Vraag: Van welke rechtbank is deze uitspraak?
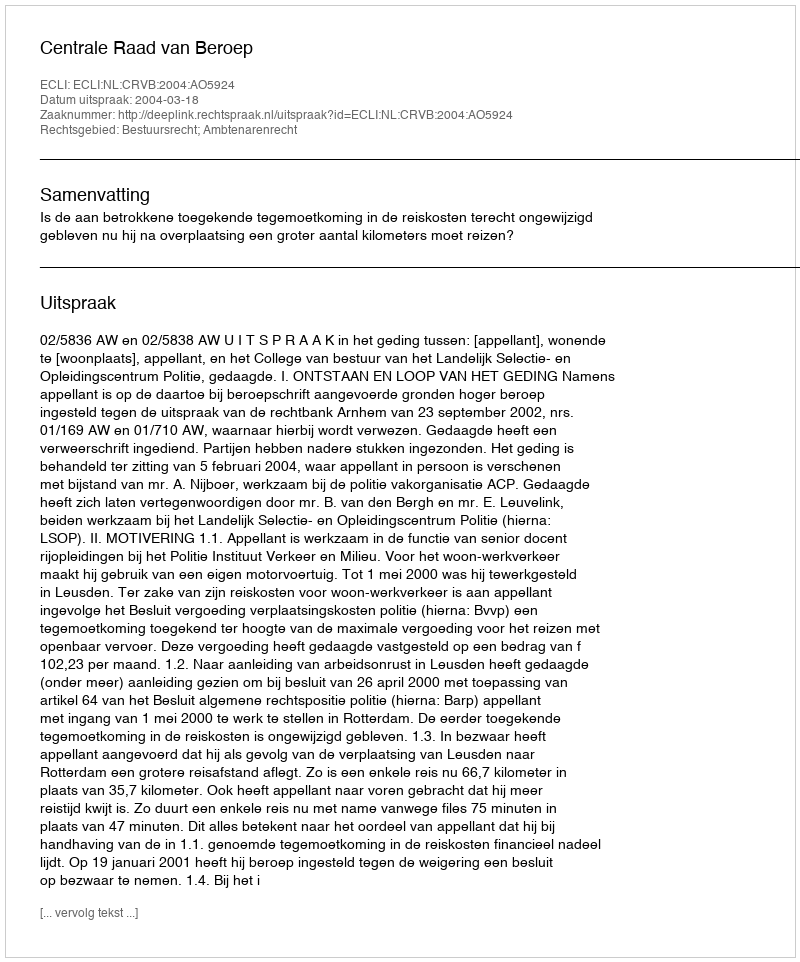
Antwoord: Centrale Raad van Beroep